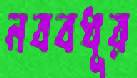
নববধূর